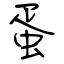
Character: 蛋